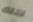
لتلك